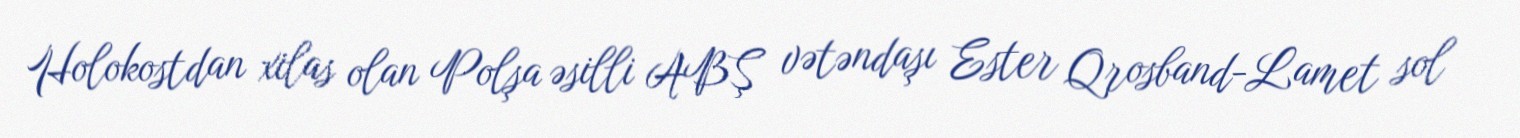
Holokostdan xilas olan Polşa əsilli ABŞ vətəndaşı Ester Qrosband-Lamet sol